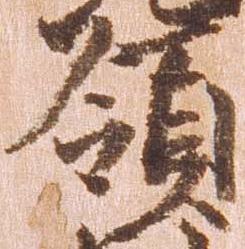
領